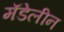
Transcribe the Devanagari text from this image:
मॅडेलीन